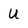
Character: U